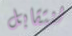
لنتقابل